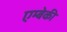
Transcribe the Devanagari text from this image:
एम्बेकी